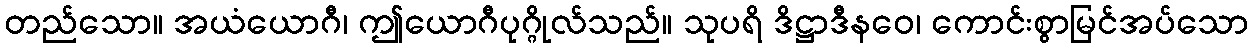
တည်သော။ အယံယောဂီ၊ ဤယောဂီပုဂ္ဂိုလ်သည်။ သုပရိ ဒိဋ္ဌာဒီနဝေ၊ ကောင်းစွာမြင်အပ်သော